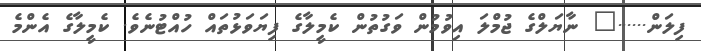
ފިލަން......" ނާޔަލްގެ ޖުމްލަ އިވުމުން ވަގުތުން ކެމީލާގެ ފިޔަވަޅުތައް ހުއްޓުނެވެ. ކެމީލާގެ އެންމެ